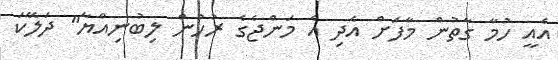
އެއީ ހުމާ ގާތުން މާފަށް އެދި އެ މަންޖެގެ ރުހުން ލިބުނިއްޔާ" ދަލޭކަ